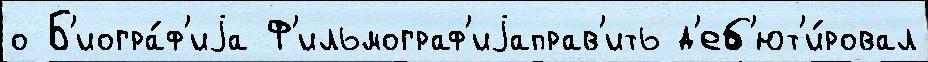
о Б'иогра́ф'иjа Ф'ильмограф'иjаправ'ить д'еб'ют'и́ровал